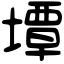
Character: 墰